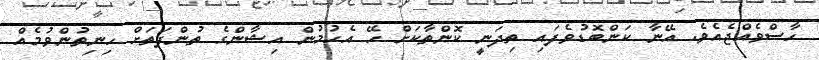
ހާސްވެއްޖެއެވެ. އޭނާ ކަންބޮޑުވެފައި ތިދަނީ ކޮންތާކަށް ހޭ އެހުމުން އިޝާންގެ ތުންފަތަށް ހިނިތުންވުމެއް